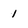
Character: 1